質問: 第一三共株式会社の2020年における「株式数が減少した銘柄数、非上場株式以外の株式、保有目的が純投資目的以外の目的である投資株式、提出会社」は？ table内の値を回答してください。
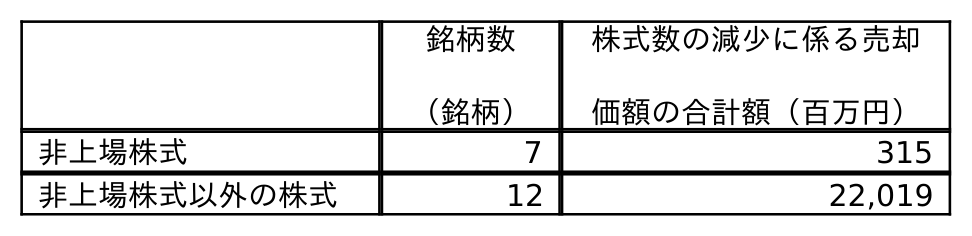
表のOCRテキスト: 銘柄数 （銘柄） 株式数の減少に係る売却 価額の合計額（百万円） 非上場株式 7 315 非上場株式以外の株式 12 22,019
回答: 12